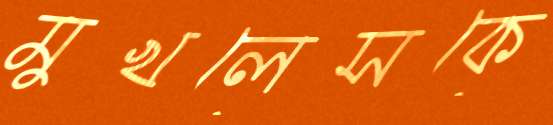
মুখলেসকে